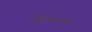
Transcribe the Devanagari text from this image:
पोहोचण्‍याचे